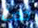
حدث